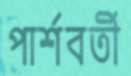
পার্শবর্তী